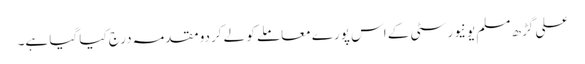
علی گڑھ مسلم یونیورسٹی کے اس پورے معاملے کو لے کردو مقدمہ درج کیا گیا ہے۔